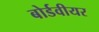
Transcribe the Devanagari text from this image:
बोर्डवीयर